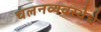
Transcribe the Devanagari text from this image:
चलनव्यवस्थेचे